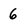
Character: 6